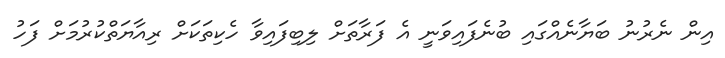
އިން ނެރުނު ބަޔާނެއްގައި ބުނެފައިވަނީ އެ ފަރާތަށް ލިބިފައިވާ ހެކިތަކަށް ރިއާޔަތްކުރުމަށް ފަހު